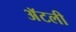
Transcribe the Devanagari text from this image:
अॅटली